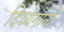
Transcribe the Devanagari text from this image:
दिव्यगानों